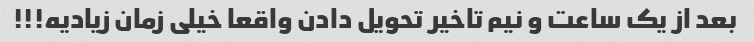
بعد از یک ساعت و نیم تاخیر تحویل دادن واقعا خیلی زمان زیادیه!!!